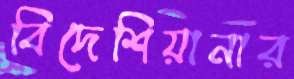
বিদেশিয়ানার